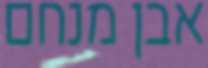
אבן מנחם